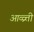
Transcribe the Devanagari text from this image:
आव्व्र्त्ती